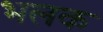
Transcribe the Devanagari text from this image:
भलक